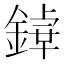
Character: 𨪬